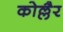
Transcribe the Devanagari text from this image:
कोल्लैर